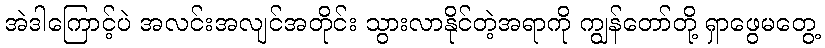
အဲဒါကြောင့်ပဲ အလင်းအလျင်အတိုင်း သွားလာနိုင်တဲ့အရာကို ကျွန်တော်တို့ ရှာဖွေမတွေ့